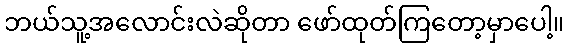
ဘယ်သူ့အလောင်းလဲဆိုတာ ဖော်ထုတ်ကြတော့မှာပေါ့။